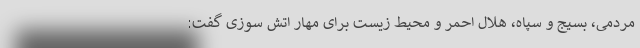
مردمی، بسیج و سپاه، هلال احمر و محیط زیست برای مهار اتش سوزی گفت: